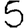
Digit: 5